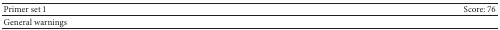
<table><thead><tr><td><b>Primer set 1</b></td><td><b>Score: 76</b></td></tr></thead><tbody><tr><td>General warnings</td><td> </td></tr></tbody></table>